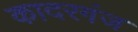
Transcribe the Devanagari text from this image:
कादरगंज